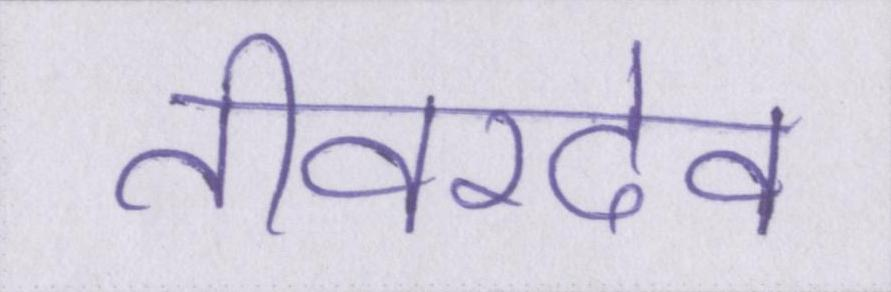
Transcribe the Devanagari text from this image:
तीवरदेव